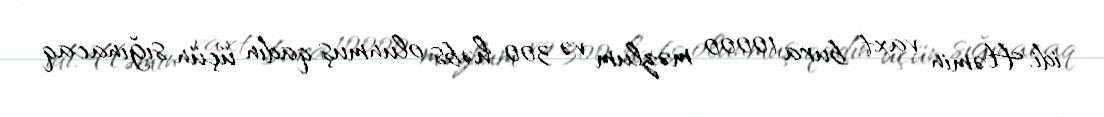
idi. Həmin vaxt bura 10000 məzlum və 300 həbs olunmuş qadın üçün sığınacaq